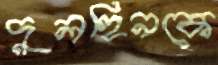
দুলহিনকে